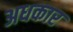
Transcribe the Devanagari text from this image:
अधकार